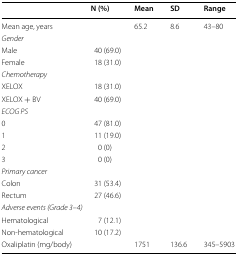
|  | N (%) | Mean | SD | Range |
 | --- | --- | --- | --- | --- |
 | Mean age, years |  | 65.2 | 8.6 | 43–80 |
 | <COLSPAN=5> Gender |
 | Male | 40 (69.0) |  |  |  |
 | Female | 18 (31.0) |  |  |  |
 | <COLSPAN=5> Chemotherapy |
 | XELOX | 18 (31.0) |  |  |  |
 | XELOX + BV | 40 (69.0) |  |  |  |
 | <COLSPAN=5> ECOG PS |
 | 0 | 47 (81.0) |  |  |  |
 | 1 | 11 (19.0) |  |  |  |
 | 2 | 0 (0) |  |  |  |
 | 3 | 0 (0) |  |  |  |
 | <COLSPAN=5> Primary cancer |
 | Colon | 31 (53.4) |  |  |  |
 | Rectum | 27 (46.6) |  |  |  |
 | <COLSPAN=5> Adverse events (Grade 3–4) |
 | Hematological | 7 (12.1) |  |  |  |
 | Non-hematological | 10 (17.2) |  |  |  |
 | Oxaliplatin (mg/body) |  | 1751 | 136.6 | 345–5903 |